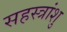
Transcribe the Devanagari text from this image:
सहस्त्रांशु